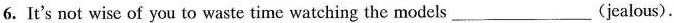
6.It's not wise of you to waste time watching the models ___ (jealous).